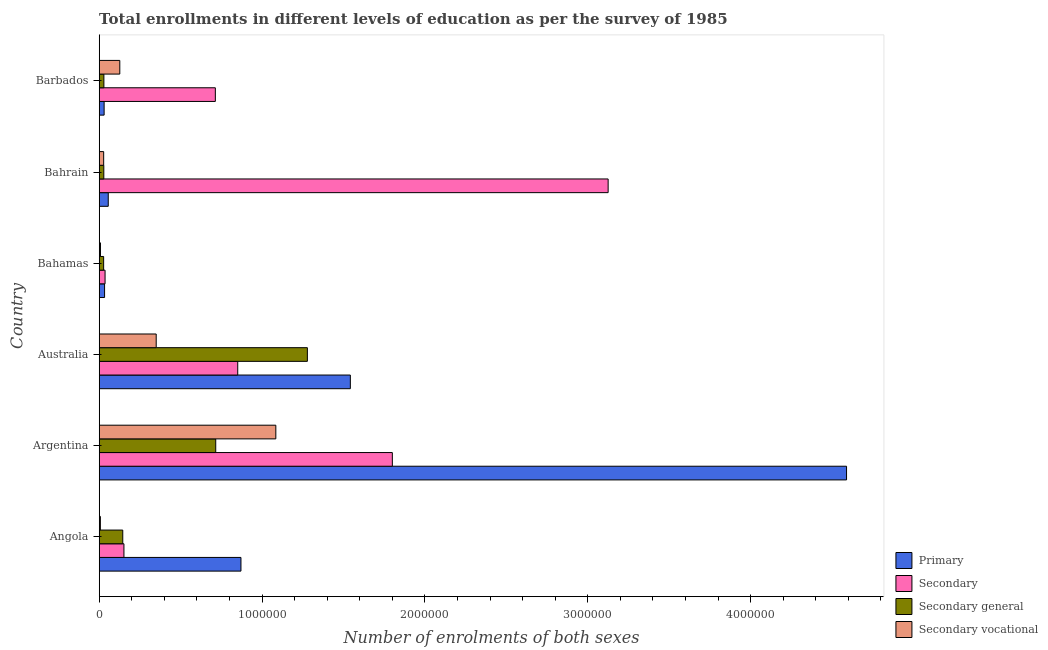
| Country | Primary | Secondary | Secondary general | Secondary vocational |
 | --- | --- | --- | --- | --- |
 | Angola | 8.7e+05 | 1.52e+05 | 1.45e+05 | 7.15e+03 |
 | Argentina | 4.59e+06 | 1.8e+06 | 7.16e+05 | 1.08e+06 |
 | Australia | 1.54e+06 | 8.51e+05 | 1.28e+06 | 3.5e+05 |
 | Bahamas | 3.29e+04 | 3.59e+04 | 2.71e+04 | 7.65e+03 |
 | Bahrain | 5.55e+04 | 3.13e+06 | 2.83e+04 | 2.73e+04 |
 | Barbados | 3.02e+04 | 7.13e+05 | 2.87e+04 | 1.26e+05 |